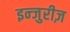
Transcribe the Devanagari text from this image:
इन्जुरीज़